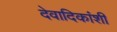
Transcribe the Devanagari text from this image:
देवादिकांशी